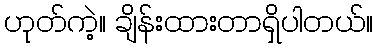
ဟုတ်ကဲ့။ ချိန်းထားတာရှိပါတယ်။